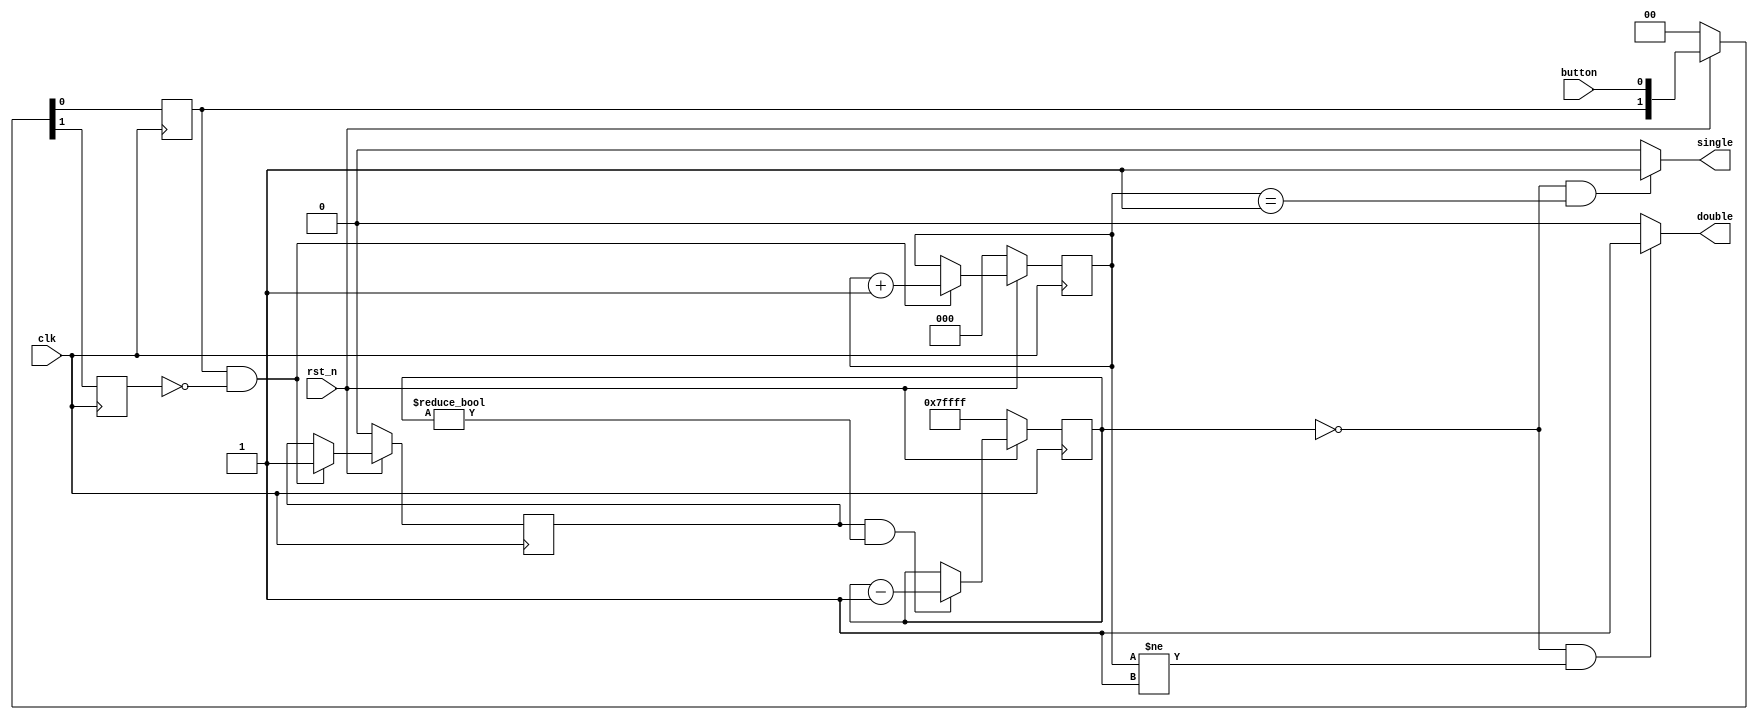
/* Input is a button 
 * Detect if the button is double clicked or single clicked in 
 * a time interval. Outputs are maintained until reset. 
 */

module double_click (
  button, 

  single, double,  

  clk, rst_n
);

parameter WAIT_WIDTH = 19;

input  button;
output single, double;
input clk, rst_n;

reg btn_now, btn_last, collect;

reg [2:0] click_cnt;
reg [WAIT_WIDTH-1:0] dbl_click_cnt;

// if we are done counting and we have 1 click its single, else double
assign single = (!dbl_click_cnt & (click_cnt == 3'b001)) ? 1'b1 : 1'b0;
assign double = (!dbl_click_cnt & (click_cnt != 3'b001)) ? 1'b1 : 1'b0;

// detect button down vs button up
wire btn_down = btn_now & ~btn_last;
//wire btn_up =  ~btn_now &  btn_last;
always @ (negedge clk)
 if (~rst_n) 
  { btn_last, btn_now } <= 2'b00;
 else
  { btn_last, btn_now } <= { btn_now, button };

// start down counter and count clicks
always @ (posedge clk) 
 if (~rst_n)
  begin
  click_cnt <= 3'd0;
  dbl_click_cnt <= {WAIT_WIDTH{1'b1}};
  collect <= 1'b0;
  end
 else
  begin
  if (collect & (dbl_click_cnt != {WAIT_WIDTH{1'b0}})) 
    dbl_click_cnt <= dbl_click_cnt - 1'b1;
  else
    dbl_click_cnt <= dbl_click_cnt;
    
  if (btn_down)
    begin
    collect <= 1'b1;
    click_cnt <= click_cnt + 1'b1;
    end
  else
    begin
    collect <= collect;
    click_cnt <= click_cnt;
    end  
  end

endmodule